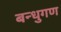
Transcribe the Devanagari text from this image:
बन्धुगण